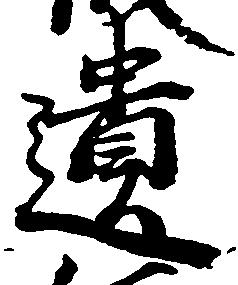
遺